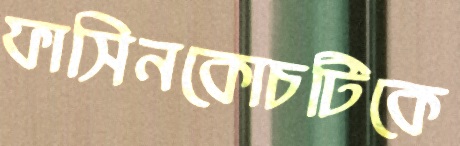
ফাসিনকোচটিকে